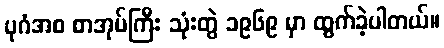
ပုဂံအစ စာအုပ်ကြီး သုံးတွဲ ၁၉၆၉ မှာ ထွက်ခဲ့ပါတယ်။